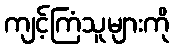
ကျင့်ကြံသူများကို